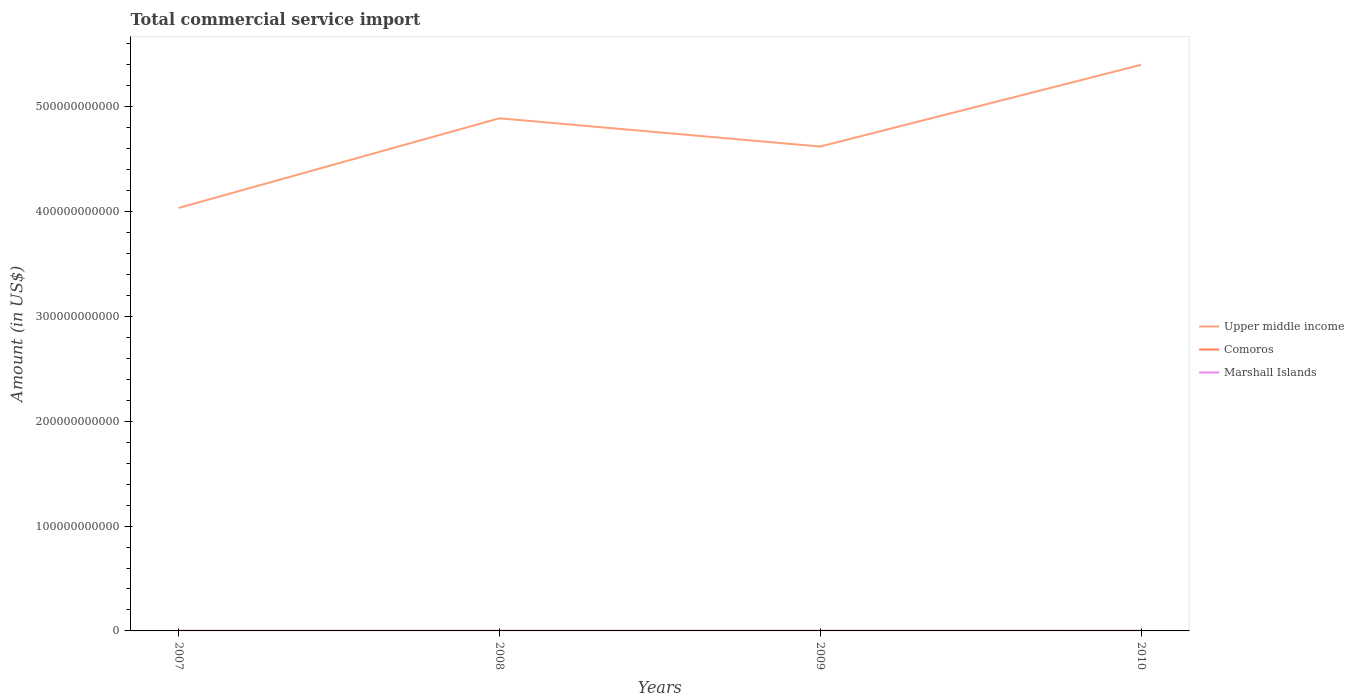
| Years | Upper middle income | Comoros | Marshall Islands |
 | --- | --- | --- | --- |
 | 2007 | 4.04e+11 | 6.23e+07 | 5.16e+07 |
 | 2008 | 4.89e+11 | 7.72e+07 | 4.79e+07 |
 | 2009 | 4.62e+11 | 8.35e+07 | 6.24e+07 |
 | 2010 | 5.4e+11 | 9.3e+07 | 5.13e+07 |